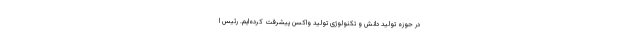
در حوزه تولید دانش و تکنولوژی تولید واکسن پیشرفت کرده‌ایم. رئیس ا